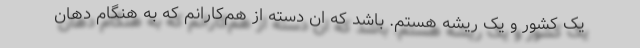
یک کشور و یک ریشه هستم. باشد که ان دسته از هم‌کارانم که به هنگام دهان